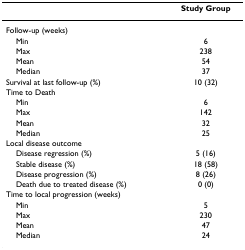
|  | Study Group |
 | --- | --- |
 | Follow-up (weeks) |  |
 | Min | 6 |
 | Max | 238 |
 | Mean | 54 |
 | Median | 37 |
 | Survival at last follow-up (%) | 10 (32) |
 | Time to Death |  |
 | Min | 6 |
 | Max | 142 |
 | Mean | 32 |
 | Median | 25 |
 | Local disease outcome |  |
 | Disease regression (%) | 5 (16) |
 | Stable disease (%) | 18 (58) |
 | Disease progression (%) | 8 (26) |
 | Death due to treated disease (%) | 0 (0) |
 | Time to local progression (weeks) |  |
 | Min | 5 |
 | Max | 230 |
 | Mean | 47 |
 | Median | 24 |